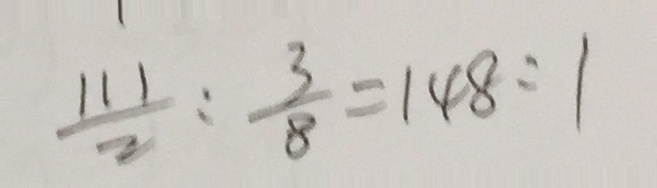
\frac { 1 1 1 } { 2 } : \frac { 3 } { 8 } = 1 4 8 : 1